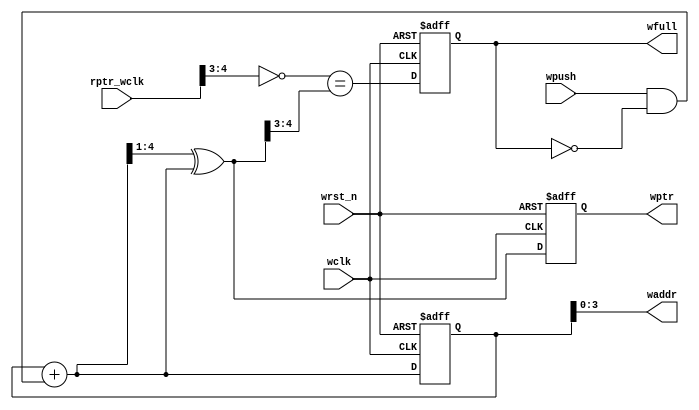
module wprt_full #(parameter ADDRSIZE = 4)
(
	output [ADDRSIZE - 1 : 0] waddr,
	output reg [ADDRSIZE : 0] wptr,
	output reg wfull,
	input [ADDRSIZE : 0] rptr_wclk,
	input wpush,wclk,wrst_n
);
	reg [ADDRSIZE : 0] wbin;
	wire [ADDRSIZE : 0] n_wbin,n_wptr;

	always @(posedge wclk or negedge wrst_n) begin
		if (~wrst_n) begin
			wbin <= 0;
			wptr <= 0;
		end
		else begin
			wbin <= n_wbin;
			wptr <= n_wptr;
		end
	end

	assign n_wbin = wbin + (wpush & ~wfull);
	assign n_wptr = {0,(n_wbin >> 1)} ^ n_wbin ;
	assign waddr = wbin[ADDRSIZE - 1 :0];


	always @(posedge wclk or negedge wrst_n)begin
		if(~wrst_n)
			wfull <= 0 ; 
		else begin
			wfull <= {~ rptr_wclk[ADDRSIZE : ADDRSIZE -1] , n_wptr[ADDRSIZE - 2 : 0]} == n_wptr;
		end
	end




endmodule